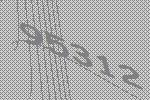
95312